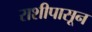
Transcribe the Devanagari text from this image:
राशीपासून